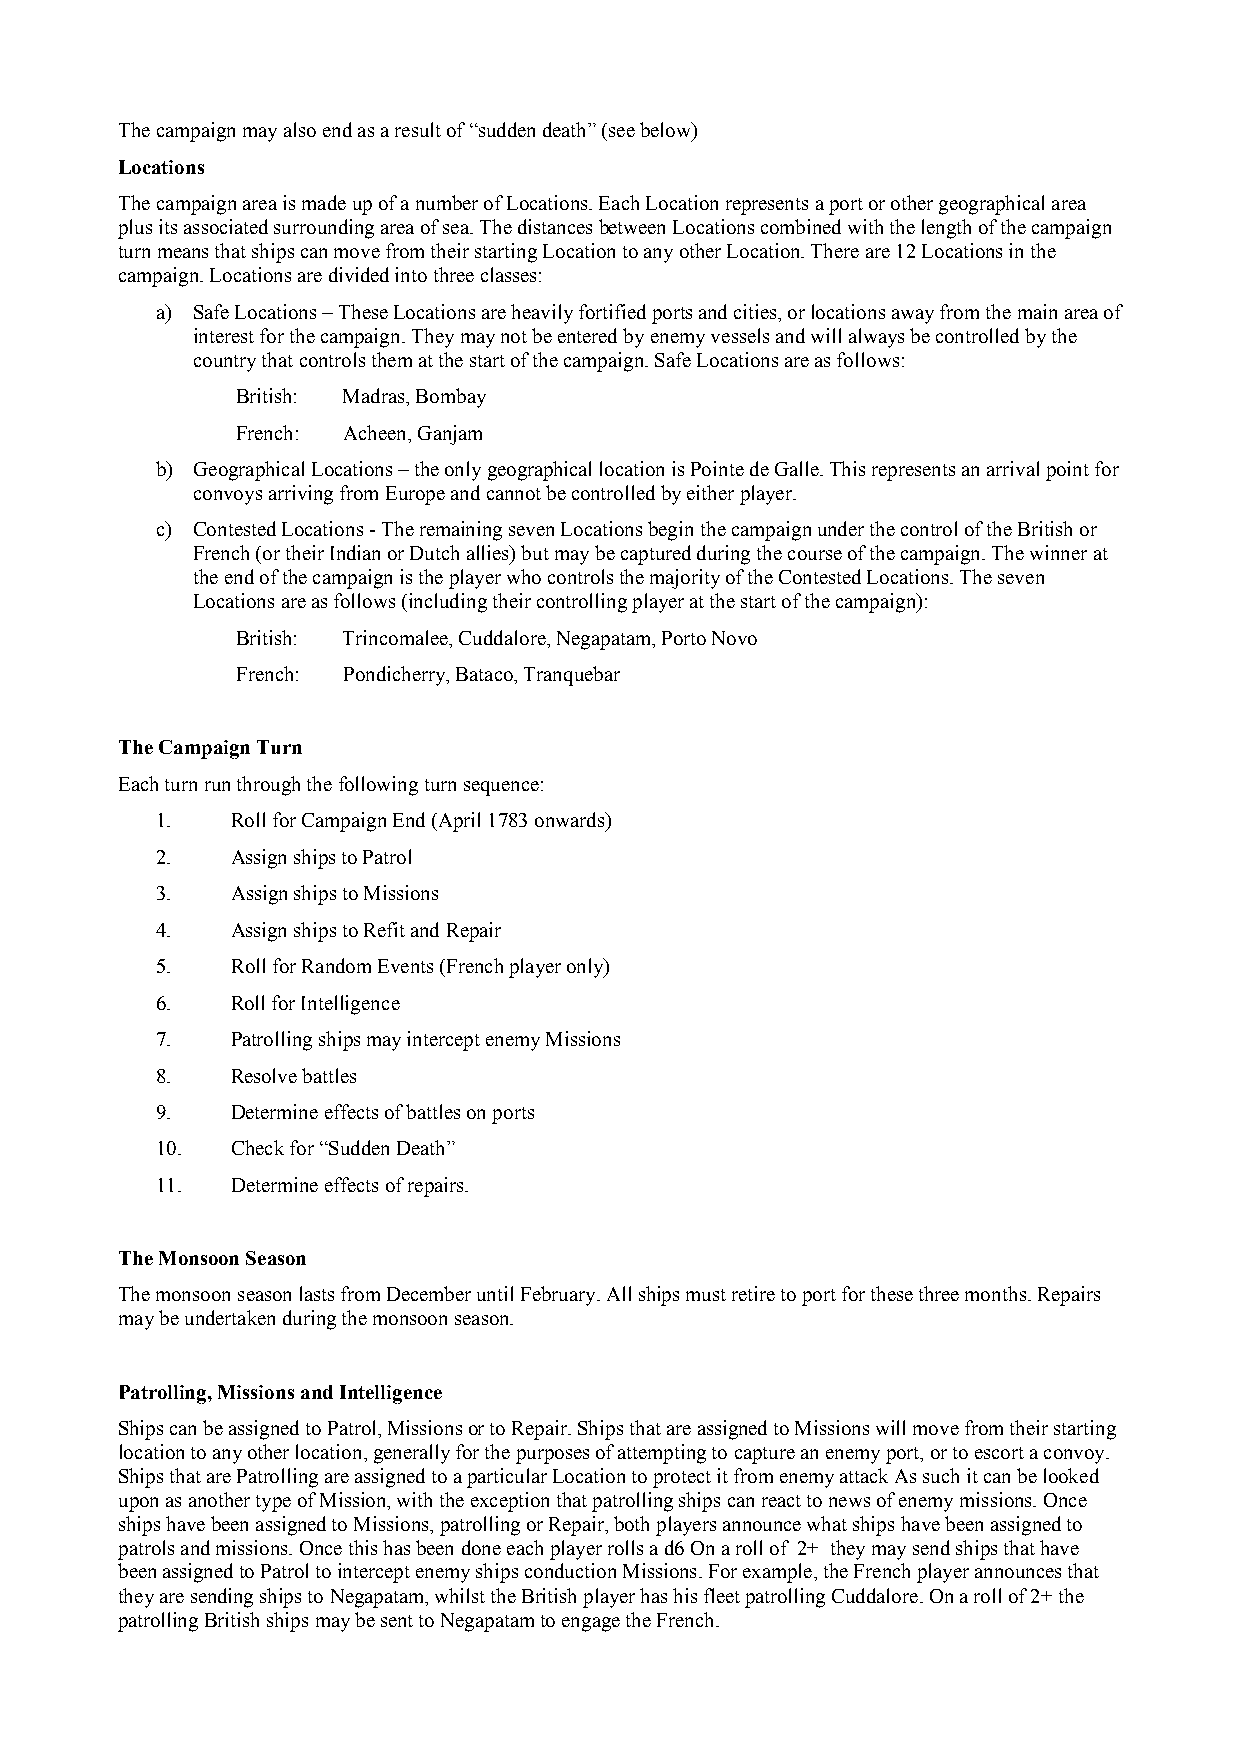
The campaign may also end as a result of “sudden death” (see below)
 Locations
 The campaign area is made up of a number of Locations. Each Location represents a port or other geographical area
 plus its associated surrounding area of sea. The distances between Locations combined with the length of the campaign
 turn means that ships can move from their starting Location to any other Location. There are 12 Locations in the
 campaign. Locations are divided into three classes:
 a) Safe Locations – These Locations are heavily fortified ports and cities, or locations away from the main area of
 interest for the campaign. They may not be entered by enemy vessels and will always be controlled by the
 country that controls them at the start of the campaign. Safe Locations are as follows:
 British: Madras, Bombay
 French: Acheen, Ganjam
 b) Geographical Locations – the only geographical location is Pointe de Galle. This represents an arrival point for
 convoys arriving from Europe and cannot be controlled by either player.
 c) Contested Locations - The remaining seven Locations begin the campaign under the control of the British or
 French (or their Indian or Dutch allies) but may be captured during the course of the campaign. The winner at
 the end of the campaign is the player who controls the majority of the Contested Locations. The seven
 Locations are as follows (including their controlling player at the start of the campaign):
 British: Trincomalee, Cuddalore, Negapatam, Porto Novo
 French: Pondicherry, Bataco, Tranquebar
 The Campaign Turn
 Each turn run through the following turn sequence:
 1.   Roll for Campaign End (April 1783 onwards)
 2.   Assign ships to Patrol
 3.   Assign ships to Missions
 4.   Assign ships to Refit and Repair
 5.   Roll for Random Events (French player only)
 6.   Roll for Intelligence
 7.   Patrolling ships may intercept enemy Missions
 8.   Resolve battles
 9.   Determine effects of battles on ports
 10.  Check for “Sudden Death”
 11.  Determine effects of repairs.
 The Monsoon Season
 The monsoon season lasts from December until February. All ships must retire to port for these three months. Repairs
 may be undertaken during the monsoon season.
 Patrolling, Missions and Intelligence
 Ships can be assigned to Patrol, Missions or to Repair. Ships that are assigned to Missions will move from their starting
 location to any other location, generally for the purposes of attempting to capture an enemy port, or to escort a convoy.
 Ships that are Patrolling are assigned to a particular Location to protect it from enemy attack As such it can be looked
 upon as another type of Mission, with the exception that patrolling ships can react to news of enemy missions. Once
 ships have been assigned to Missions, patrolling or Repair, both players announce what ships have been assigned to
 patrols and missions. Once this has been done each player rolls a d6 On a roll of 2+ they may send ships that have
 been assigned to Patrol to intercept enemy ships conduction Missions. For example, the French player announces that
 they are sending ships to Negapatam, whilst the British player has his fleet patrolling Cuddalore. On a roll of 2+ the
 patrolling British ships may be sent to Negapatam to engage the French.